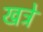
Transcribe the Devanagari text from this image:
खत्रे